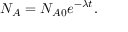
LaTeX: N _ { A } = N _ { A 0 } e ^ { - \lambda t } .